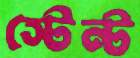
স্টেন্ট